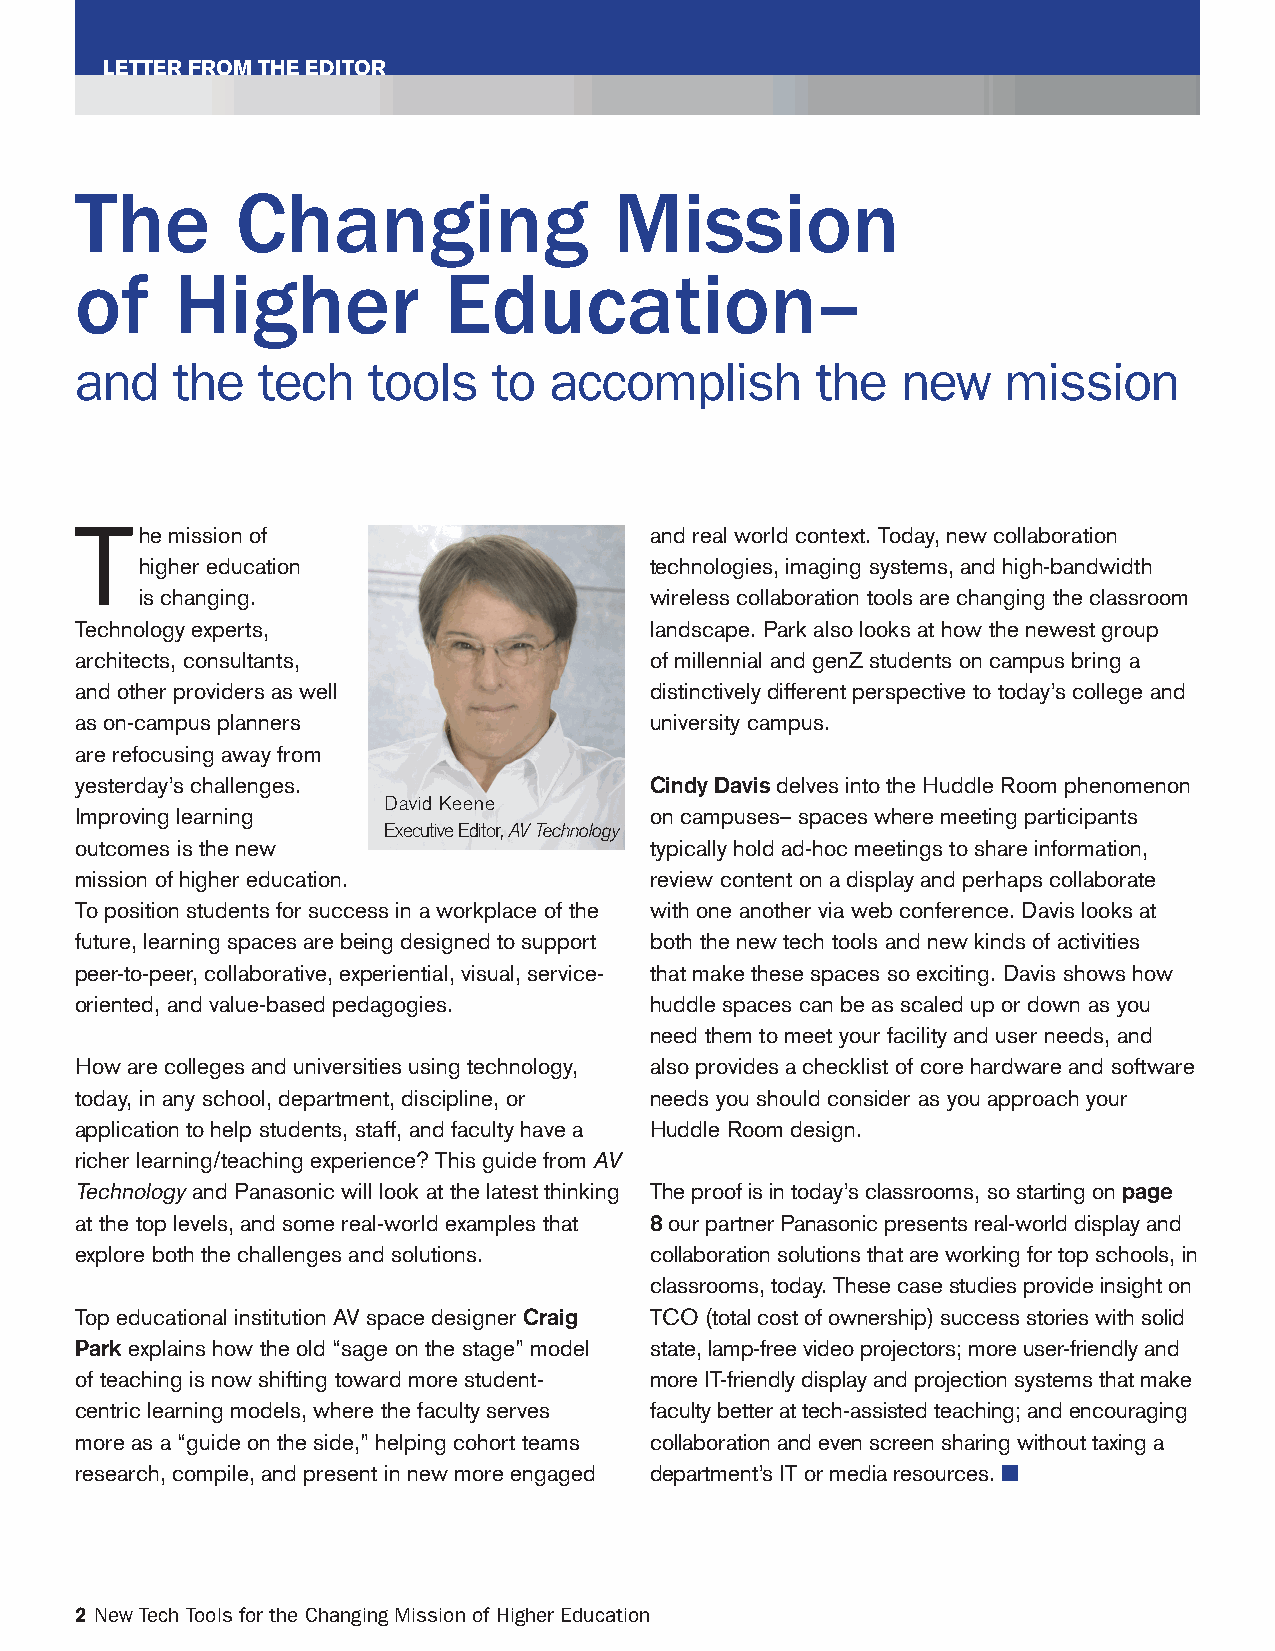
LETTER FROM THE EDITOR
 The        Changing                 Mission
 of     Higher           Education–
 and   the   tech   tools    to accomplish        the   new    mission
 The   mission of                      and real world context. Today, new collaboration
 higher education                  technologies, imaging systems, and high-bandwidth
 is changing.                      wireless collaboration tools are changing the classroom
 Technology experts,                   landscape. Park also looks at how the newest group
 architects, consultants,              of millennial and genZ students on campus bring a
 and other providers as well           distinctively different perspective to today’s college and
 as on-campus planners                 university campus.
 are refocusing away from
 yesterday’s challenges.               Cindy Davis delves into the Huddle Room phenomenon
 David Keene
 Improving learning                    on campuses– spaces where meeting participants
 Executive Editor, AV Technology
 outcomes is the new                   typically hold ad-hoc meetings to share information,
 mission of higher education.          review content on a display and perhaps collaborate
 To position students for success in a workplace of the with one another via web conference. Davis looks at
 future, learning spaces are being designed to support both the new tech tools and new kinds of activities
 peer-to-peer, collaborative, experiential, visual, service- that make these spaces so exciting. Davis shows how
 oriented, and value-based pedagogies. huddle spaces can be as scaled up or down as you
 need them to meet your facility and user needs, and
 How are colleges and universities using technology, also provides a checklist of core hardware and software
 today, in any school, department, discipline, or needs you should consider as you approach your
 application to help students, staff, and faculty have a Huddle Room design.
 richer learning/teaching experience? This guide from AV
 Technology and Panasonic will look at the latest thinking The proof is in today’s classrooms, so starting on page
 at the top levels, and some real-world examples that 8 our partner Panasonic presents real-world display and
 explore both the challenges and solutions. collaboration solutions that are working for top schools, in
 classrooms, today. These case studies provide insight on
 Top educational institution AV space designer Craig TCO (total cost of ownership) success stories with solid
 Park explains how the old “sage on the stage” model state, lamp-free video projectors; more user-friendly and
 of teaching is now shifting toward more student- more IT-friendly display and projection systems that make
 centric learning models, where the faculty serves faculty better at tech-assisted teaching; and encouraging
 more as a “guide on the side,” helping cohort teams collaboration and even screen sharing without taxing a
 research, compile, and present in new more engaged department’s IT or media resources. ■
 2 New Tech Tools for the Changing Mission of Higher Education